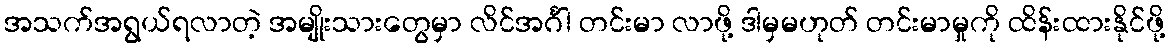
အသက်အရွယ်ရလာတဲ့ အမျိုးသားတွေမှာ လိင်အင်္ဂါ တင်းမာ လာဖို့ ဒါမှမဟုတ် တင်းမာမှုကို ထိန်းထားနိုင်ဖို့